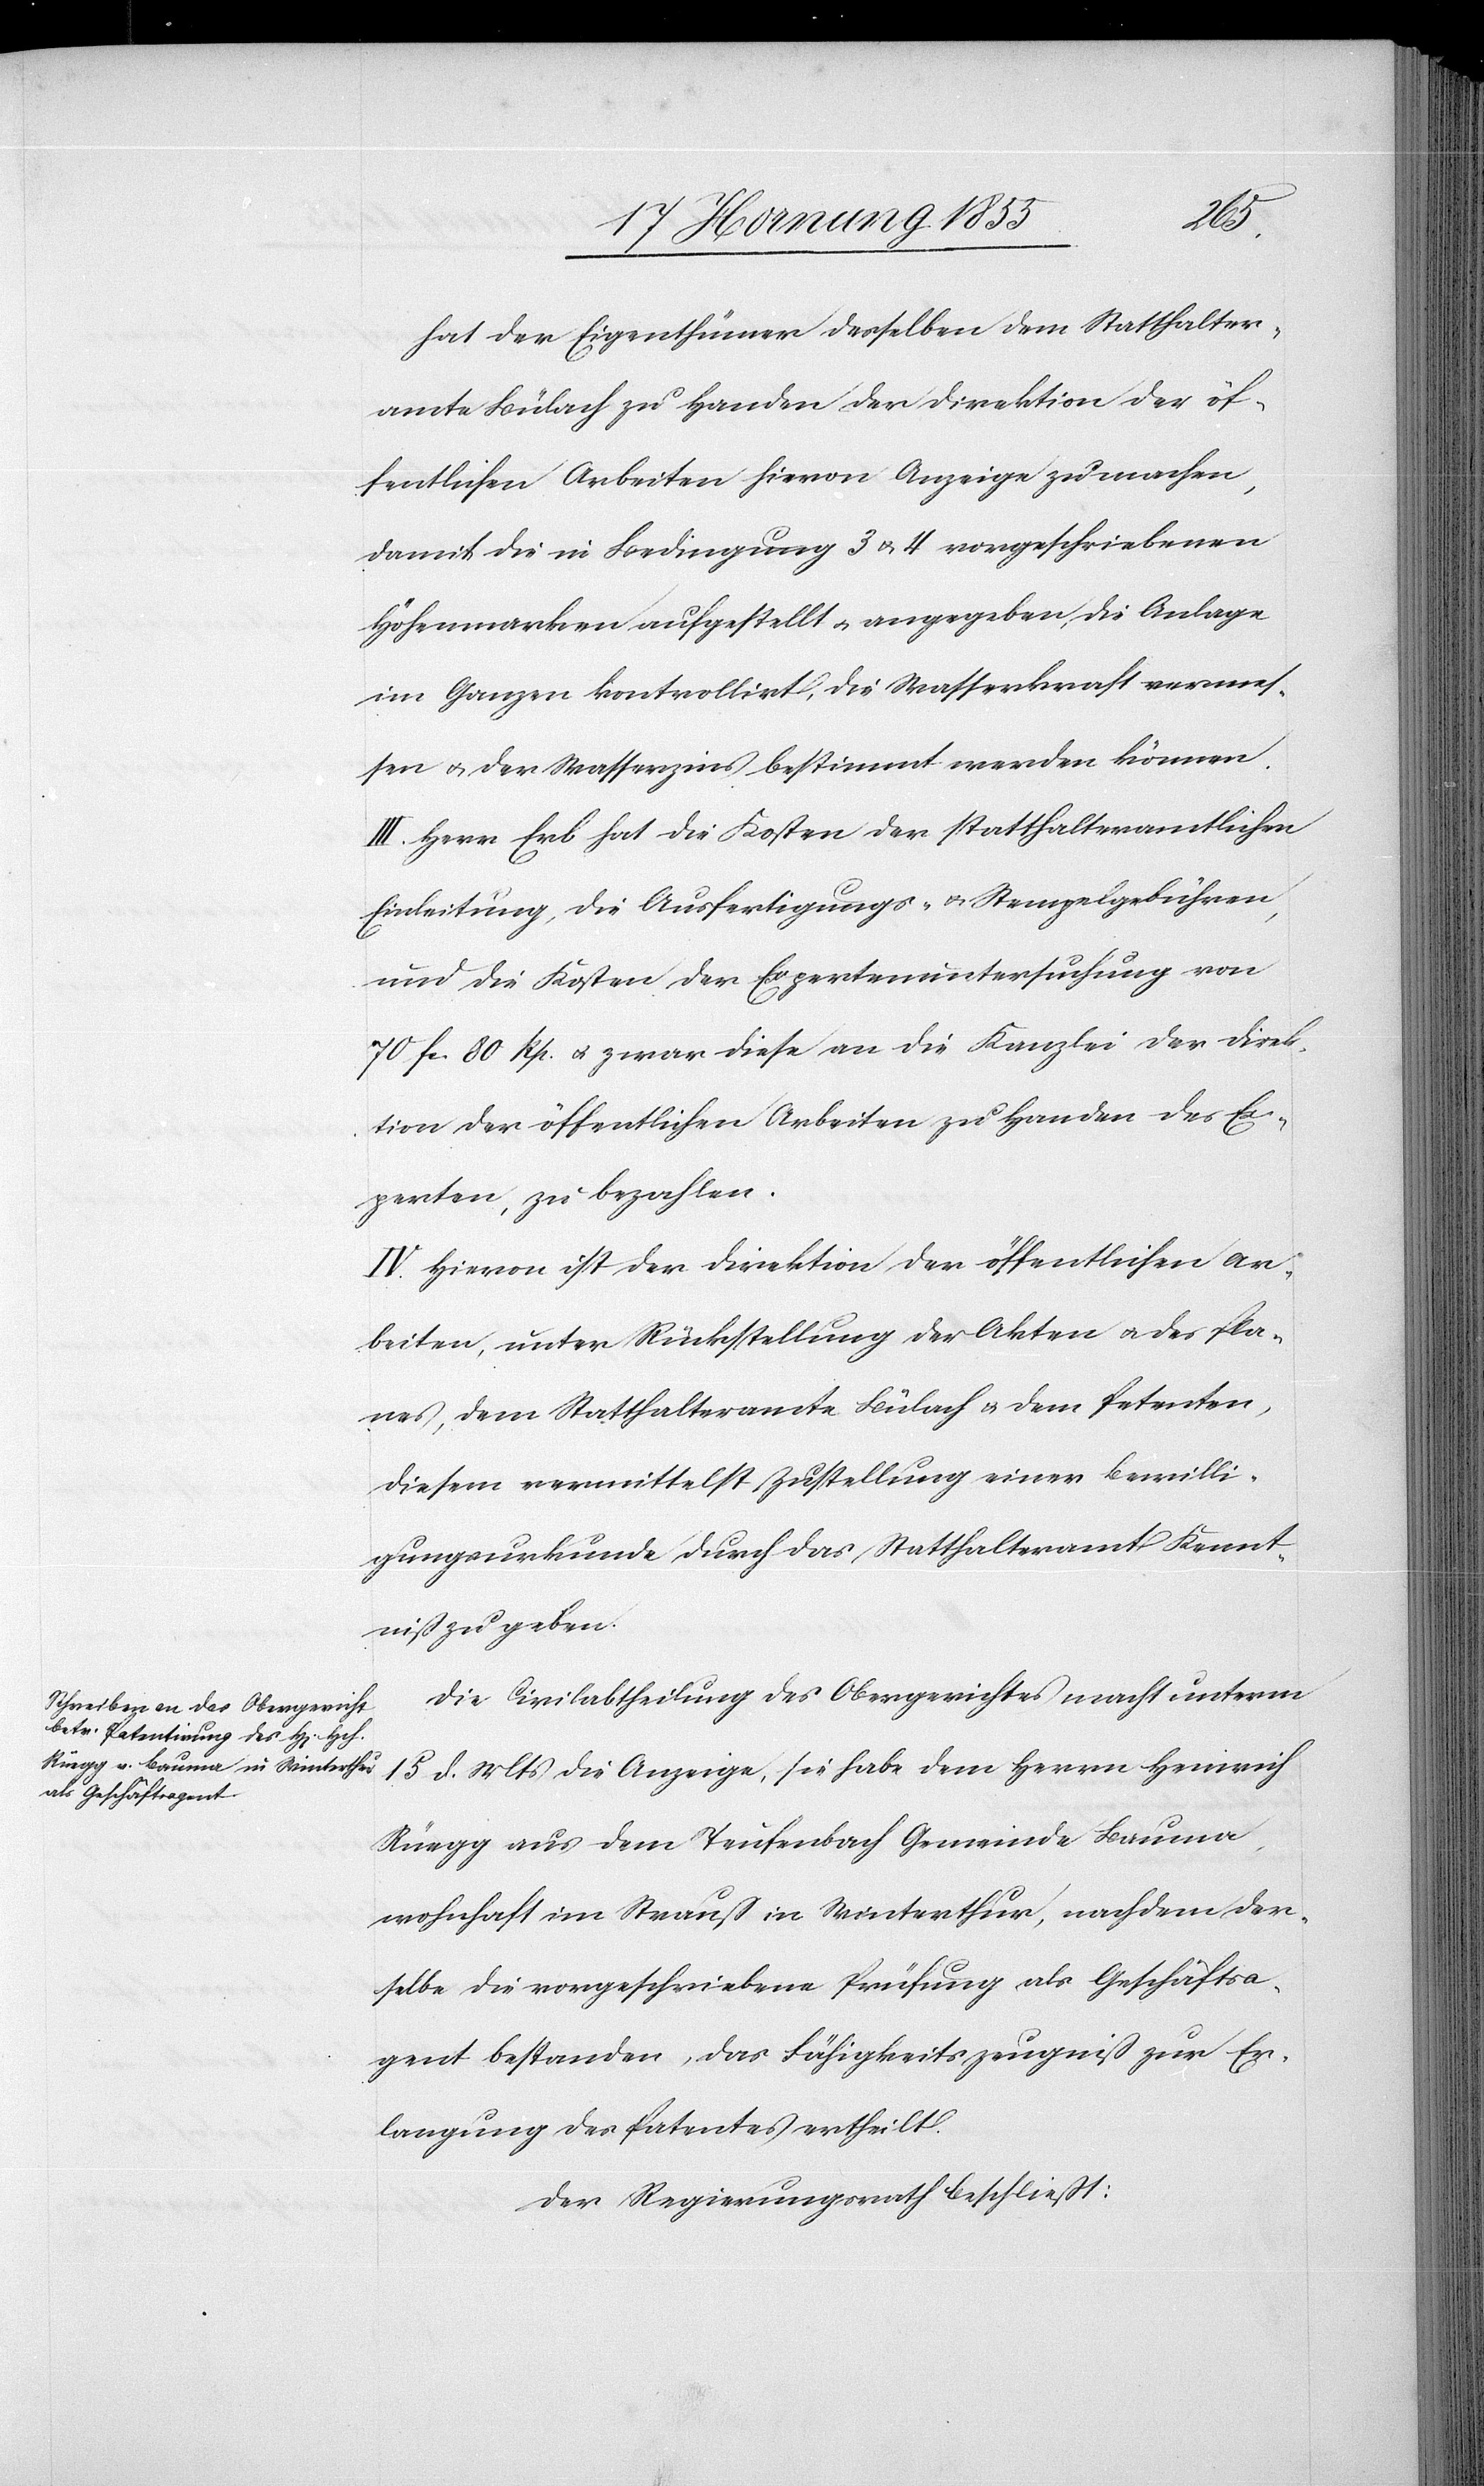
hat der Eigenthümer desselben dem Statthalter¬
amte Bülach zu Handen der Direktion der öf¬
fentlichen Arbeiten hievon Anzeige zu machen,
damit die in Bedingung 3 & 4 vorgeschriebenen
Höhenmarken aufgestellt & angegeben, die Anlage
im Ganzen kontrollirt, die Wasserkraft vermes¬
sen & der Wasserzins bestimmt werden können.
III. Herr Erb hat die Kosten der statthalteramtlichen
Einleitung, die Ausfertigungs- & Stempelgebühren,
und die Kosten der Expertenuntersuchung von
70 Fr. 80 Rp. & zwar diese an die Kanzlei der Direk¬
tion der öffentlichen Arbeiten zu Handen des Ex¬
perten, zu bezahlen.
IV. Hievon ist der Direktion der öffentlichen Ar¬
beiten, unter Rückstellung der Akten & des Pla¬
nes, dem Statthalteramte Bülach & dem Petenten,
diesem vermittelst Zustellung einer Bewilli¬
gungsurkunde durch das Statthalteramt Kennt¬
niß zu geben.
Die Civilabtheilung des Obergerichtes macht unterm
15 d. Mts die Anzeige, sie habe dem Herrn Heinrich
Rüegg aus dem Teufenbach Gemeinde Bauma,
wohnhaft im Strauß in Winterthur, nachdem der¬
selbe die vorgeschriebene Prüfung als Geschäftsa¬
gent bestanden, das Fähigkeitszeugniß zur Er¬
langung des Patentes ertheilt.
Der Regierungsrath beschließt: